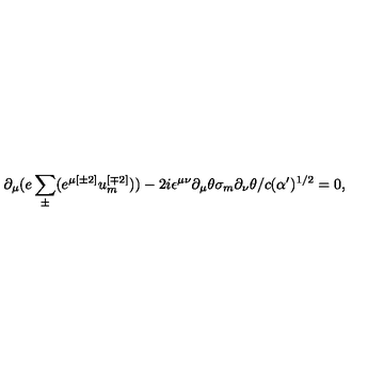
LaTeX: \partial _ { \mu } ( e \sum _ { \pm } ^ { } ( e ^ { \mu { [ \pm 2 ] } } u _ { { m } } ^ { { [ \mp 2 ] } } ) ) - 2 i \epsilon ^ { \mu \nu } \partial _ { \mu } \theta \sigma _ { { m } } \partial _ { \nu } \theta / c ( \alpha ^ { \prime } ) ^ { { 1 / 2 } } = 0 ,